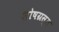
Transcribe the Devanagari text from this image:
शोषग्रस्‍त